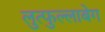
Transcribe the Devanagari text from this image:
लुत्फुल्लाबेग